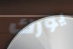
يورك